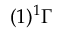
( 1 ) ^ { 1 } \Gamma